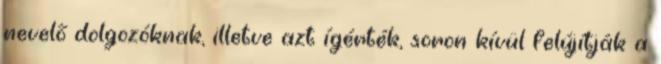
nevelő dolgozóknak, illetve azt ígérték, soron kívül felújítják a